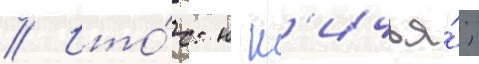
// Ито́г: н н'ичья́;